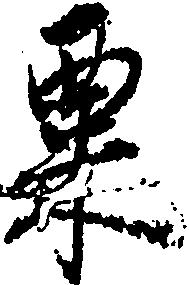
粟